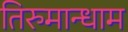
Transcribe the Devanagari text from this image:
तिरुमान्धाम